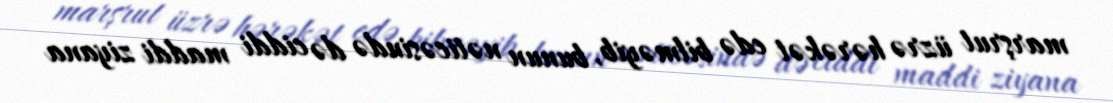
marşrut üzrə hərəkət edə bilməyib, bunun nəticəsində də ciddi maddi ziyana